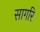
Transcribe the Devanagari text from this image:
सागरि